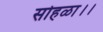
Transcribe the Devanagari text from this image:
सोहळा।।